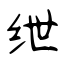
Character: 绁